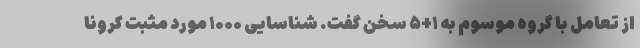
از تعامل با گروه موسوم به ۱+۵ سخن گفت. شناسایی ۱۰۰۰ مورد مثبت کرونا